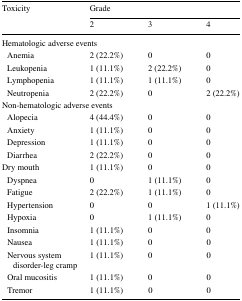
<table><thead><tr><td rowspan="2"><b>Toxicity</b></td><td colspan="3"><b>Grade</b></td></tr><tr><td><b>2</b></td><td><b>3</b></td><td><b>4</b></td></tr></thead><tbody><tr><td colspan="4">Hematologic adverse events</td></tr><tr><td> Anemia</td><td>2 (22.2%)</td><td>0</td><td>0</td></tr><tr><td> Leukopenia</td><td>1 (11.1%)</td><td>2 (22.2%)</td><td>0</td></tr><tr><td> Lymphopenia</td><td>1 (11.1%)</td><td>1 (11.1%)</td><td>0</td></tr><tr><td> Neutropenia</td><td>2 (22.2%)</td><td>0</td><td>2 (22.2%)</td></tr><tr><td colspan="4">Non-hematologic adverse events</td></tr><tr><td> Alopecia</td><td>4 (44.4%)</td><td>0</td><td>0</td></tr><tr><td> Anxiety</td><td>1 (11.1%)</td><td>0</td><td>0</td></tr><tr><td> Depression</td><td>1 (11.1%)</td><td>0</td><td>0</td></tr><tr><td> Diarrhea</td><td>2 (22.2%)</td><td>0</td><td>0</td></tr><tr><td>Dry mouth</td><td>1 (11.1%)</td><td>0</td><td>0</td></tr><tr><td> Dyspnea</td><td>0</td><td>1 (11.1%)</td><td>0</td></tr><tr><td> Fatigue</td><td>2 (22.2%)</td><td>1 (11.1%)</td><td>0</td></tr><tr><td> Hypertension</td><td>0</td><td>0</td><td>1 (11.1%)</td></tr><tr><td> Hypoxia</td><td>0</td><td>1 (11.1%)</td><td>0</td></tr><tr><td> Insomnia</td><td>1 (11.1%)</td><td>0</td><td>0</td></tr><tr><td> Nausea</td><td>1 (11.1%)</td><td>0</td><td>0</td></tr><tr><td> Nervous system disorder-leg cramp</td><td>1 (11.1%)</td><td>0</td><td>0</td></tr><tr><td> Oral mucositis</td><td>1 (11.1%)</td><td>0</td><td>0</td></tr><tr><td> Tremor</td><td>1 (11.1%)</td><td>0</td><td>0</td></tr></tbody></table>